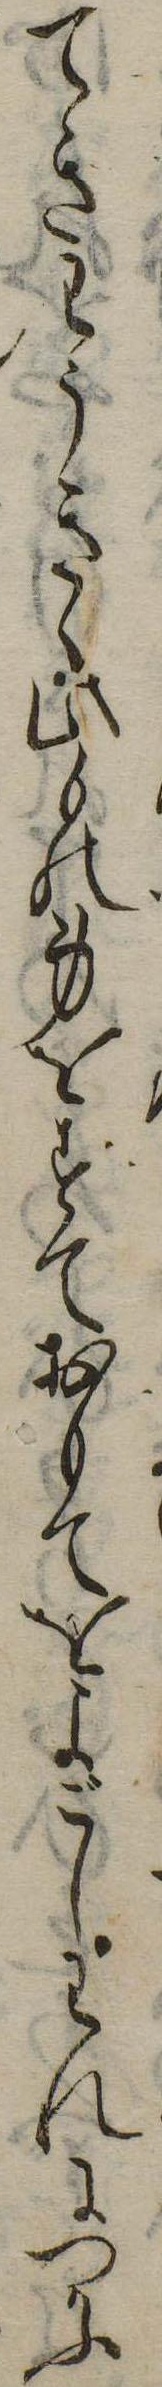
てきわうきゝ此もの身をすておもてをよごしわれにつかふ